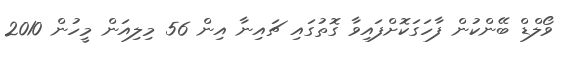
ވޯލްޑް ބޭންކުން ފާހަގަކޮށްފައިވާ ގޮތުގައި ޗައިނާ އިން 56 މިލިއަން މީހުން 2010